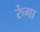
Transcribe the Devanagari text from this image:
रुंगा